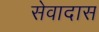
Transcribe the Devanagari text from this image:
सेवादास